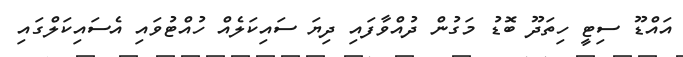
އައްޑޫ ސިޓީ ހިތަދޫ ބޮޑު މަގުން ދުއްވާފައި ދިޔަ ސައިކަލެއް ހުއްޓުވައި އެސައިކަލްގައި